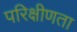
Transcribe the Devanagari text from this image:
परिक्षीणता